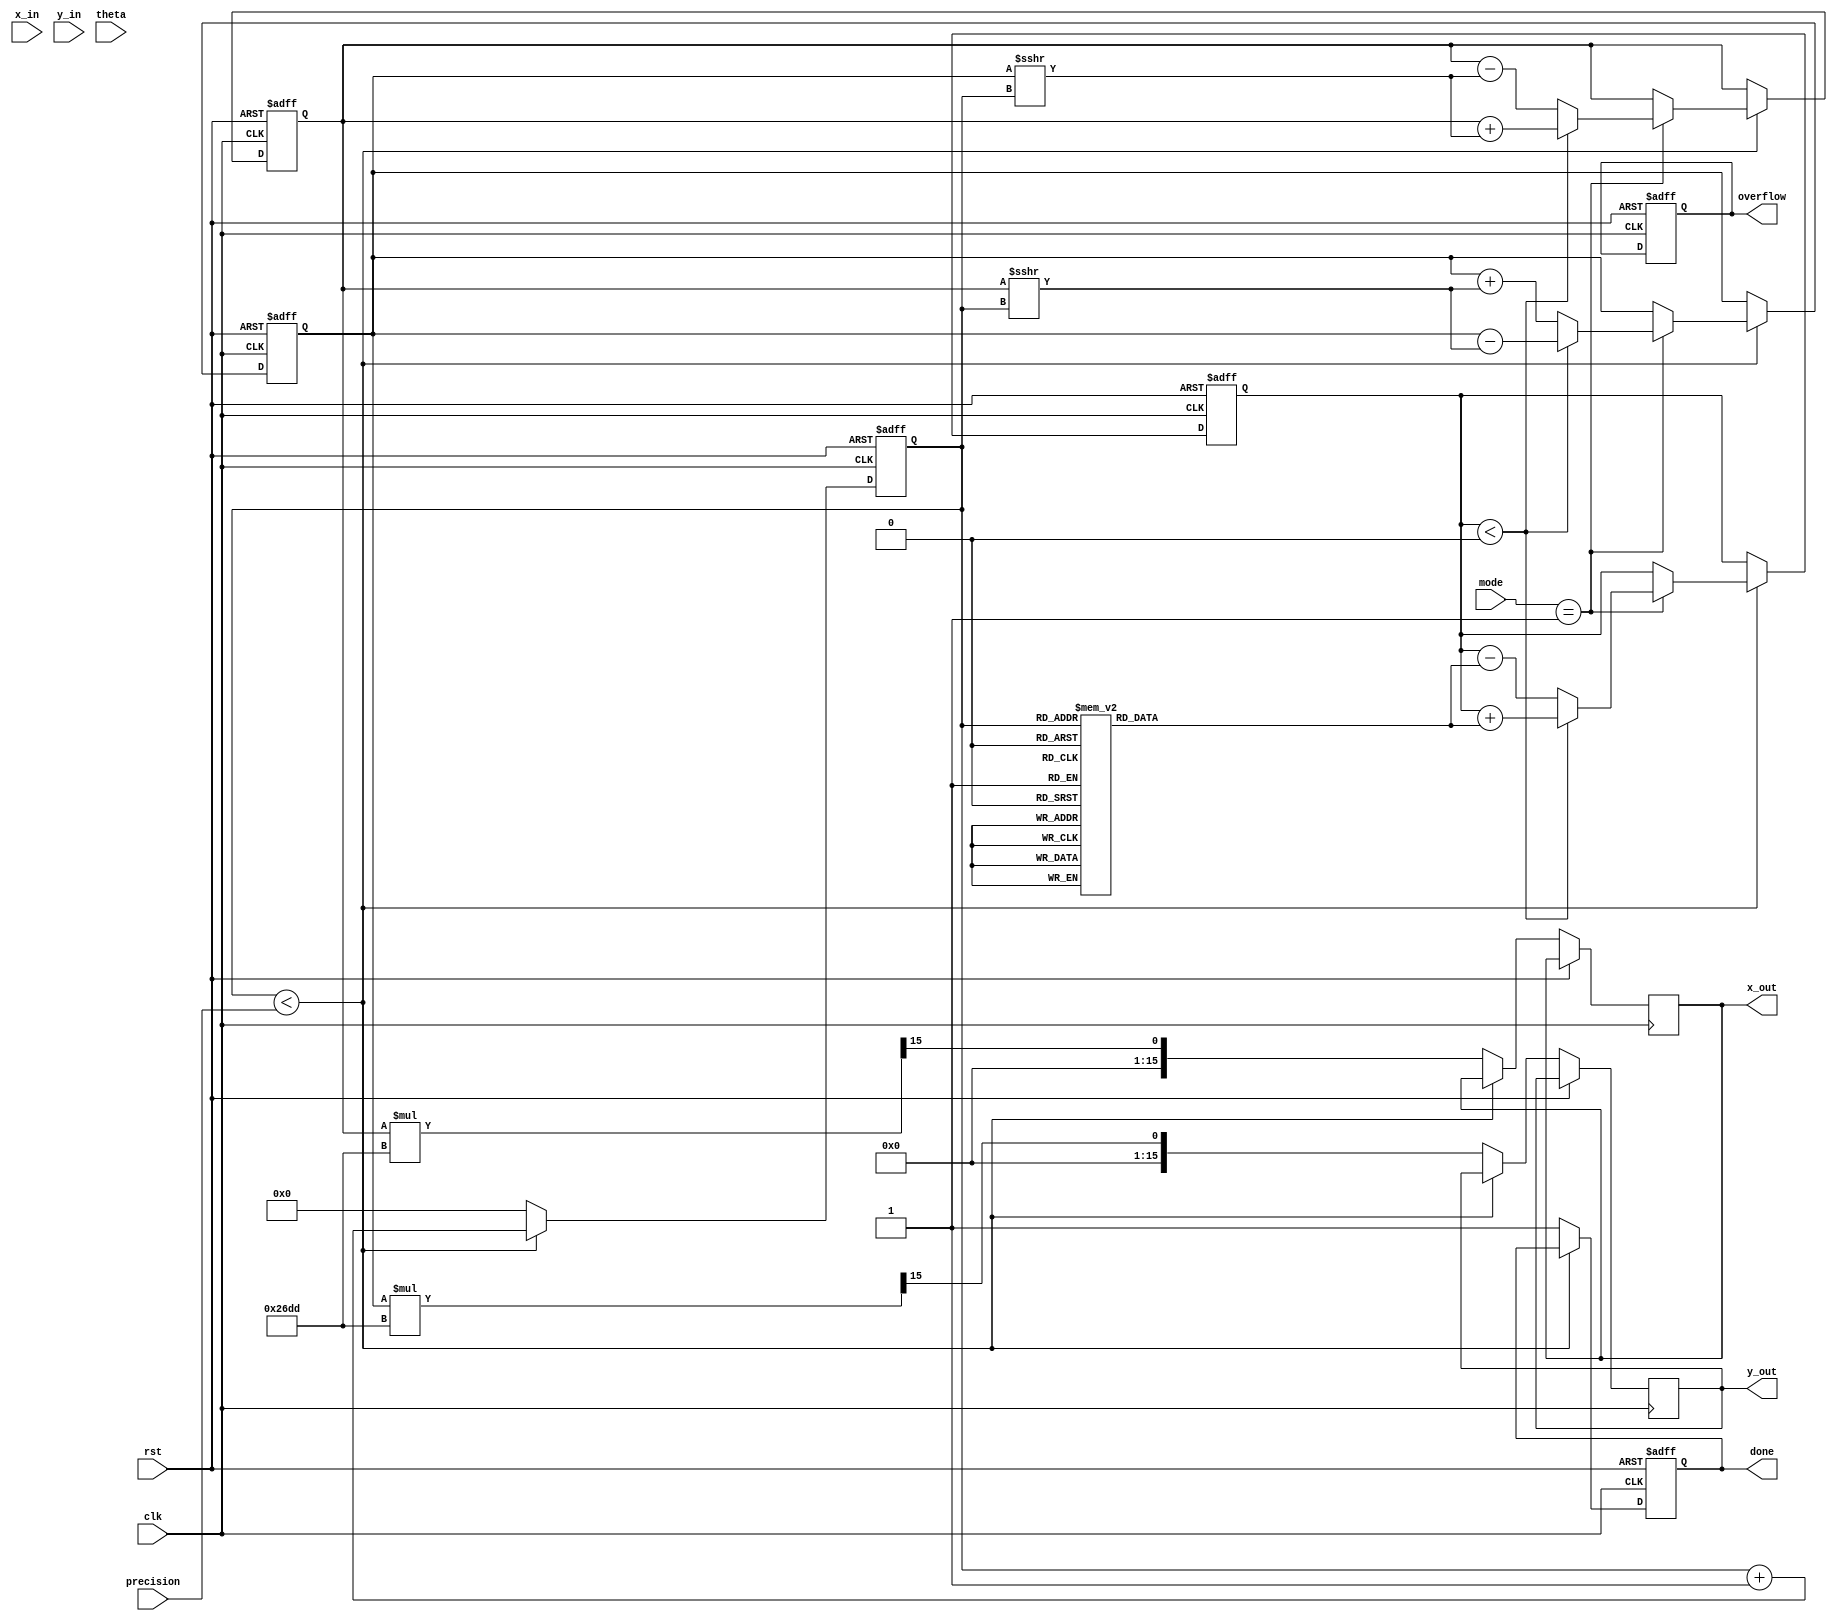
module adaptive_cordic #(
    parameter WIDTH = 16,         // Bit-width for fixed-point representation
    parameter MAX_ITER = 16       // Maximum number of iterations
)(
    input wire clk,               // Clock signal
    input wire rst,               // Reset signal
    input wire [WIDTH-1:0] x_in,  // Input x coordinate
    input wire [WIDTH-1:0] y_in,  // Input y coordinate
    input wire [WIDTH-1:0] theta,  // Input angle (for polar coordinates)
    input wire [3:0] mode,        // Mode control (e.g., sin, cos, tan, exp, log)
    input wire [3:0] precision,    // Precision control (number of iterations)
    output reg [WIDTH-1:0] x_out,  // Output x coordinate
    output reg [WIDTH-1:0] y_out,  // Output y coordinate
    output reg done,              // Operation completion flag
    output reg overflow           // Overflow flag
);

    // Internal signals
    reg [WIDTH-1:0] x_reg, y_reg, z_reg;
    reg [3:0] iter_count;
    reg [WIDTH-1:0] angle_table [0:MAX_ITER-1]; // Predefined angle table
    reg [WIDTH-1:0] scaling_factor;

    // Initialize angle table and scaling factor
    initial begin
        angle_table[0] = 16'h0000; // atan(1) = 0
        angle_table[1] = 16'h3C90; // atan(1/2) = 45 degrees
        angle_table[2] = 16'h3A2D; // atan(1/4) = 26.565 degrees
        // ... Fill in the rest of the angle table
        scaling_factor = 16'h26DD; // Scaling factor for 16 iterations
    end

    // CORDIC iteration process
    always @(posedge clk or posedge rst) begin
        if (rst) begin
            x_reg <= 0;
            y_reg <= 0;
            z_reg <= 0;
            iter_count <= 0;
            done <= 0;
            overflow <= 0;
        end else begin
            if (iter_count < precision) begin
                // CORDIC iteration logic
                if (mode == 4'b0001) begin // Rotation mode
                    if (z_reg < 0) begin
                        x_reg <= x_reg + (y_reg >>> iter_count);
                        y_reg <= y_reg - (x_reg >>> iter_count);
                        z_reg <= z_reg + angle_table[iter_count];
                    end else begin
                        x_reg <= x_reg - (y_reg >>> iter_count);
                        y_reg <= y_reg + (x_reg >>> iter_count);
                        z_reg <= z_reg - angle_table[iter_count];
                    end
                end else if (mode == 4'b0010) begin // Vectoring mode
                    // Implement vectoring logic here
                end
                iter_count <= iter_count + 1;
            end else begin
                // Final output assignment
                x_out <= x_reg * scaling_factor >>> 15; // Apply scaling
                y_out <= y_reg * scaling_factor >>> 15; // Apply scaling
                done <= 1;
                iter_count <= 0; // Reset for next operation
            end
        end
    end

endmodule